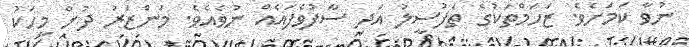
ނުވާ ކަމަށެވެ. ޒަހަމްތަކުގެ ތަފުސީލު އަދި ސާފުވެފައެއް ނުވެއެވެ. މަންޒަރު ދުށް މީހަކު